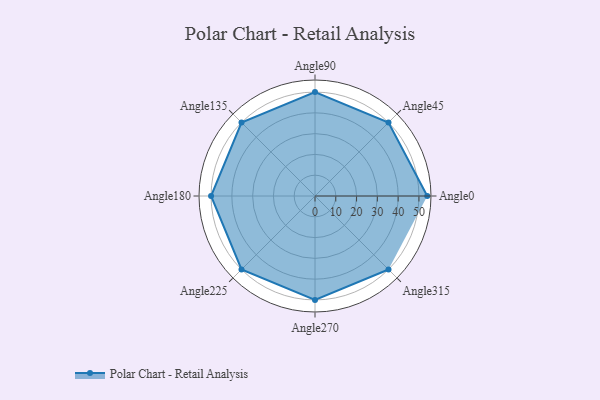
{"axis": {"x": "Angle", "y": "Radius"}, "legend": [""], "data": [{"x": "Angle0", "y": 54.0, "type": ""}, {"x": "Angle45", "y": 50, "type": ""}, {"x": "Angle90", "y": 50, "type": ""}, {"x": "Angle135", "y": 50, "type": ""}, {"x": "Angle180", "y": 50, "type": ""}, {"x": "Angle225", "y": 50, "type": ""}, {"x": "Angle270", "y": 50, "type": ""}, {"x": "Angle315", "y": 50, "type": ""}]}